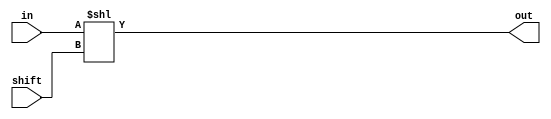
module lshift_reg(in, shift, out);
parameter n=16;
input [n-1:0] in;
input [3:0] shift;
output [n-1:0] out;

assign out = in << shift;

endmodule